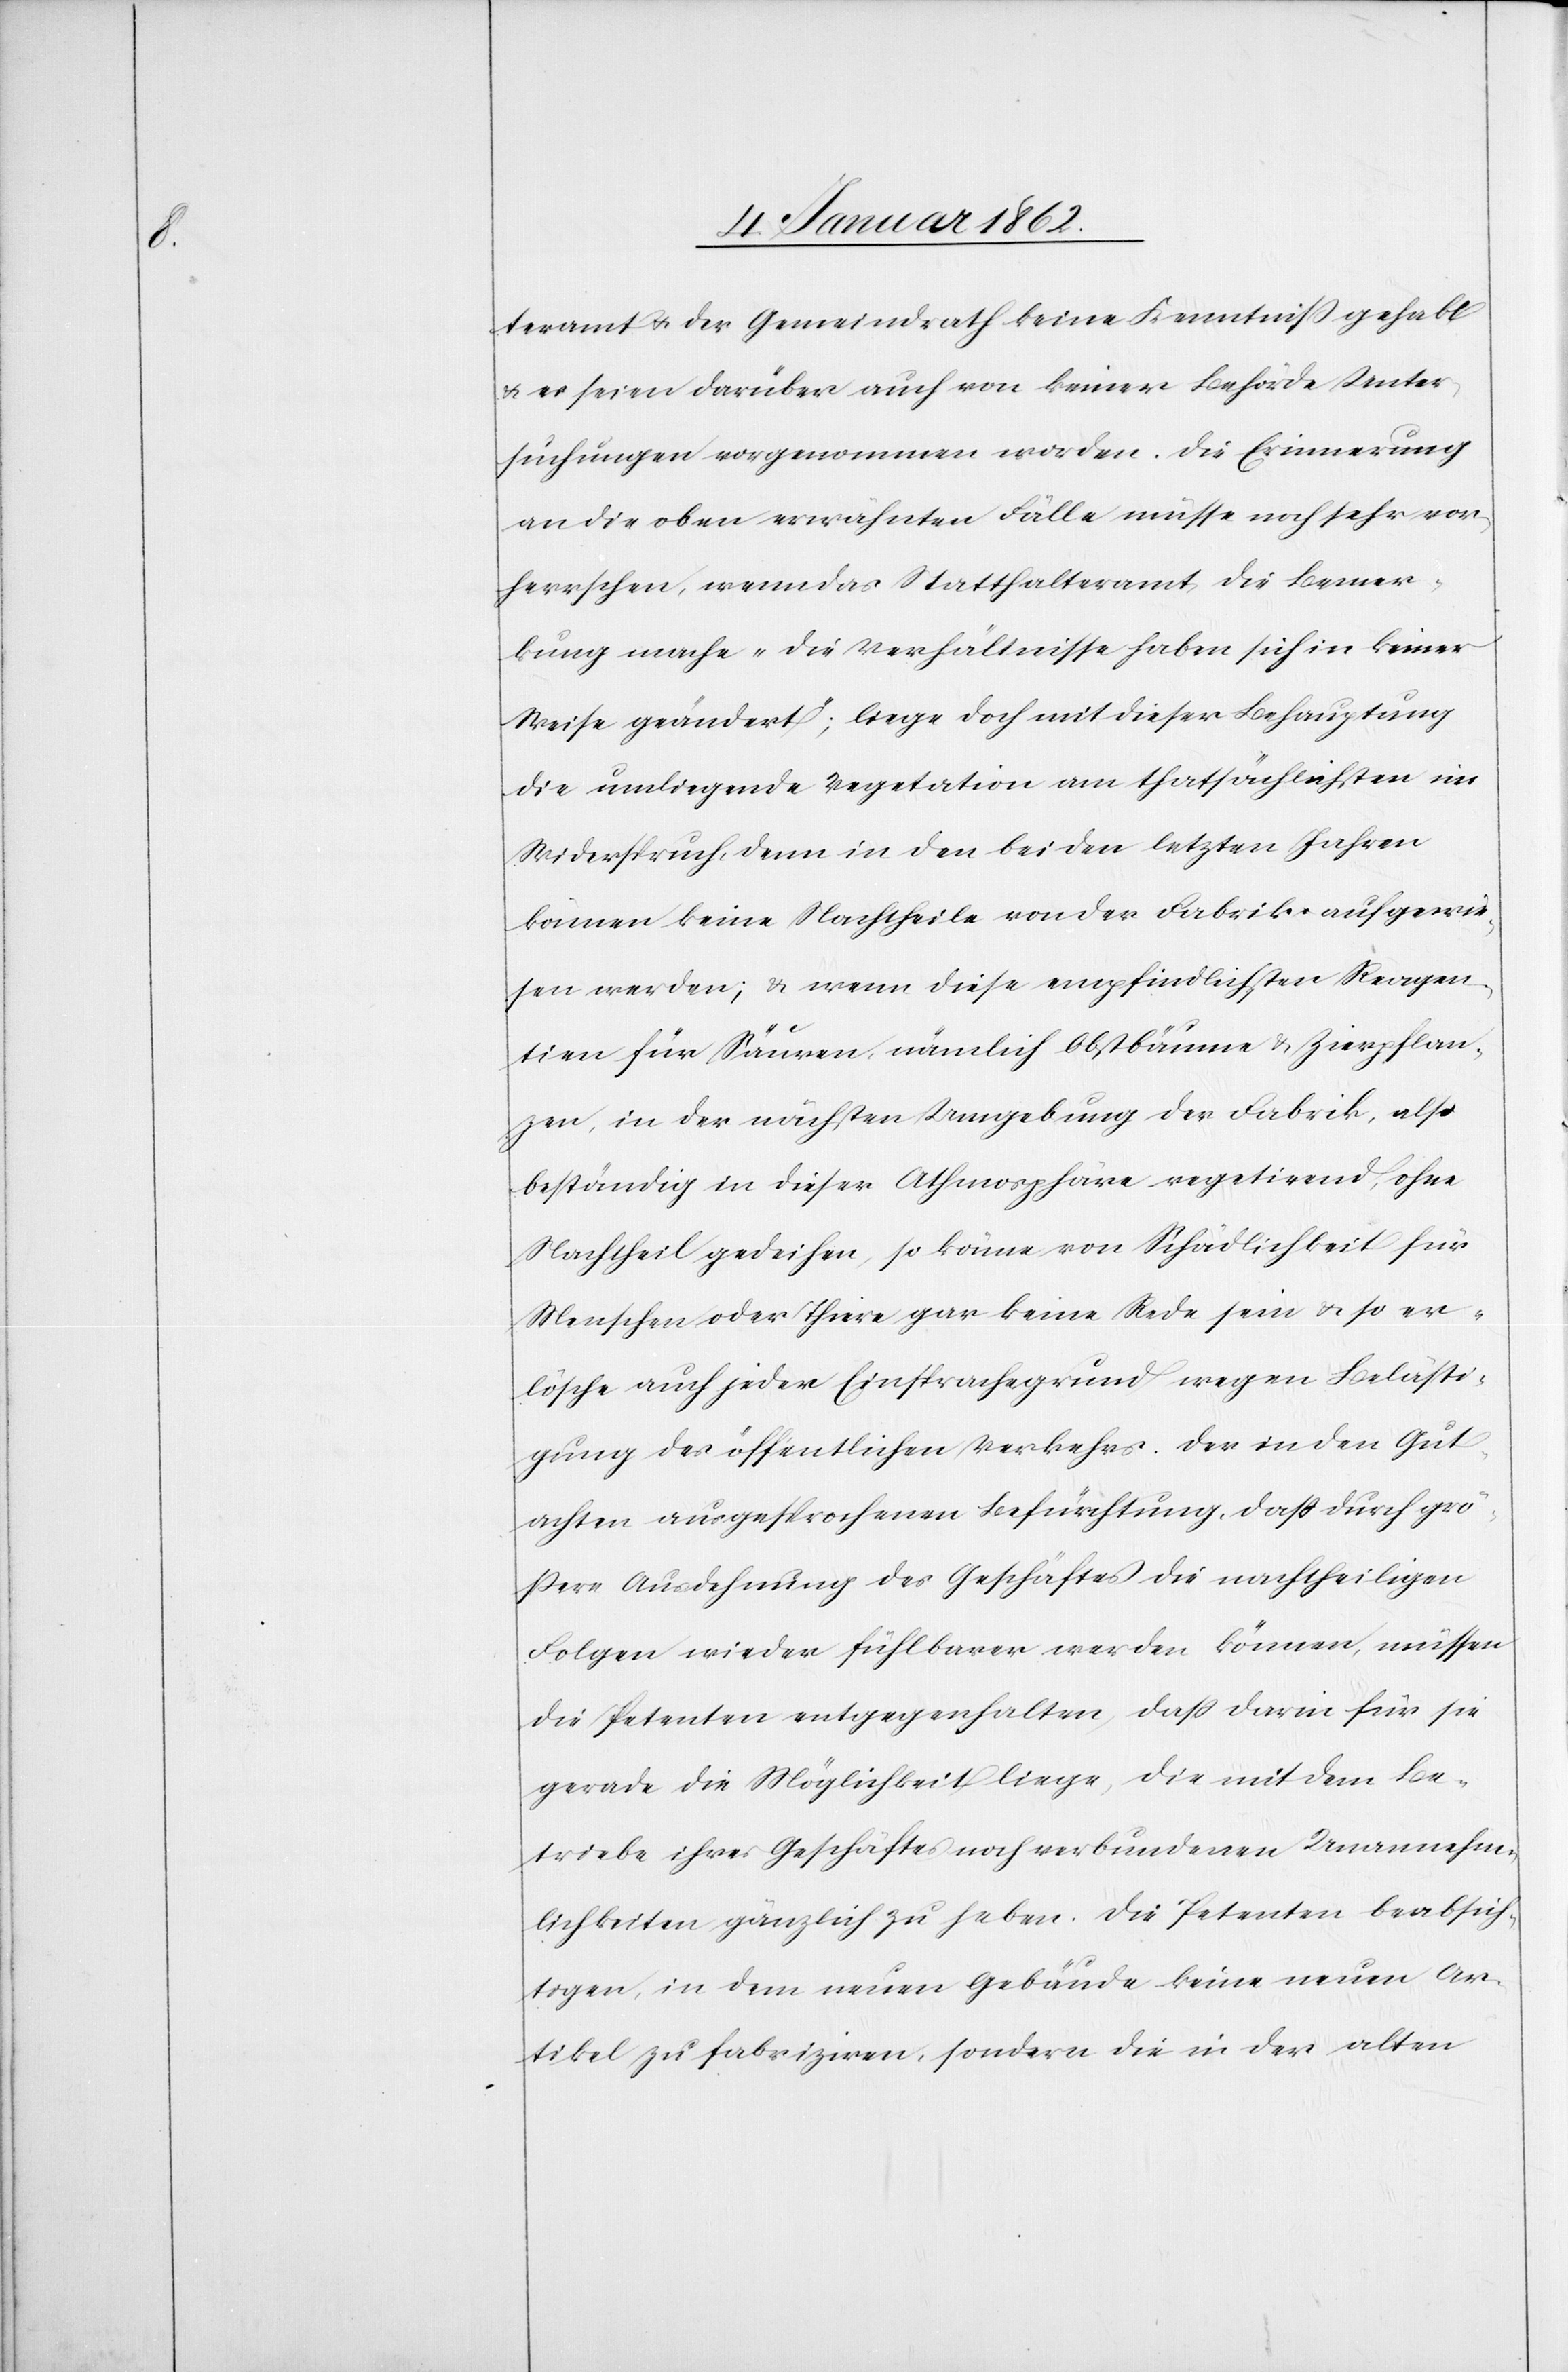
teramt u. der Gemeindrath keine Kenntniß gehabt
u. es seien darüber auch von keiner Behörde Unter¬
suchungen vorgenommen worden. Die Erinnerung
an die oben erwähnten Fälle müsse noch sehr vor¬
herrschen, wenn das Statthalteramt die Bemer¬
kung mache, „die Verhältnisse haben sich in keiner
Weise geändert“; liege doch mit dieser Behauptung
die umliegende Vegetation am thatsächlichsten im
Widerspruch, denn in den beiden letzten Jahren
können keine Nachtheile von der Fabrik aufgewie¬
sen werden; u. wenn diese empfindlichsten Reagen¬
tien für Säuren, nämlich Obstbäume u. Zierpflan¬
zen, in der nächsten Umgebung der Fabrik, also
beständig in dieser Athmosphäre vegetirend, ohne
Nachtheil gedeihen, so könne von Schädlichkeit für
Menschen oder Thiere gar keine Rede sein u. so er¬
lösche auch jeder Einsprachegrund wegen Belästi¬
gung des öffentlichen Verkehrs. Der in den Gut¬
achten ausgesprochenen Befürchtung, daß durch grö¬
ßere Ausdehnung des Geschäftes die nachtheiligen
Folgen wieder fühlbarer werden können, müssen
die Petenten entgegenhalten, daß darin für sie
gerade die Möglichkeit liege, die mit dem Be¬
triebe ihres Geschäftes noch verbundenen Unannehm¬
lichkeiten gänzlich zu heben. Die Petenten beabsich¬
tigen, in dem neuen Gebäude keine neuen Ar¬
tikel zu fabriziren, sondern die in der alten